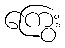
ကြွေး